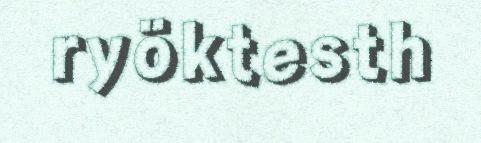
ryöktesth